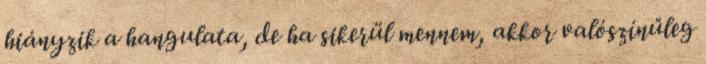
hiányzik a hangulata, de ha sikerül mennem, akkor valószínűleg